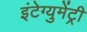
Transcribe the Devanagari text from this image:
इंटेग्युमेंट्री